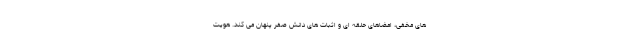
های مخفی، امضاهای حلقه ای و اثبات های دانش صفر پنهان می کند. هویت